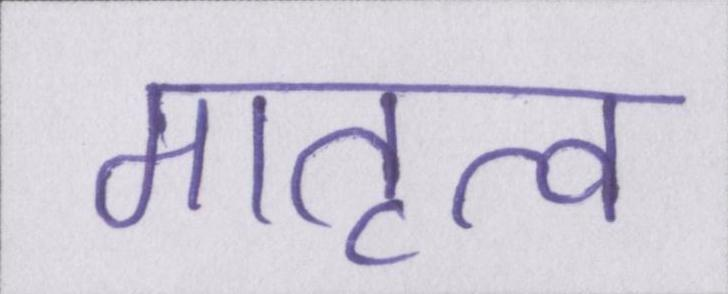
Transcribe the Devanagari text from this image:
मातृत्व